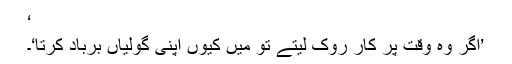
‘
’اگر وہ وقت پر کار روک لیتے تو میں کیوں اپنی گولیاں برباد کرتا‘۔